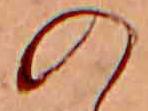
の